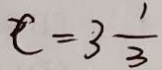
c = 3 \frac { 1 } { 3 }